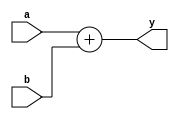
module Adder (input [31:0] a,input [31:0] b,
output [31:0] y);
assign y = a + b;
endmodule